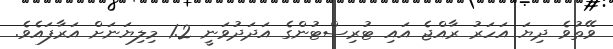
ވޭތުވެ ދިޔަ އަހަރު ރާއްޖެ އައި ޓުރިސްޓުންގެ އަދަދުވަނީ 1.2 މިލިޔަނަށް އަރާފައެވެ.